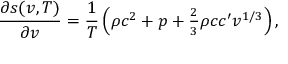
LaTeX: { \frac { \partial s ( v , T ) } { \partial v } } = { \frac { 1 } { T } } \left( \rho c ^ { 2 } + p + \textstyle { \frac { 2 } { 3 } } \rho c c ^ { \prime } v ^ { 1 / 3 } \right) ,